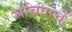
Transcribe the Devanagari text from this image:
सचिवांचें